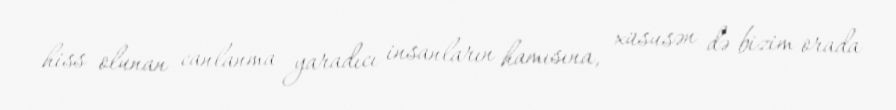
hiss olunan canlanma yaradıcı insanların hamısına, xüsusən də bizim orada